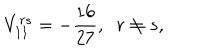
V _ { 1 1 } ^ { r s } = - \frac { 1 6 } { 2 7 } , \; \; r \neq s ,